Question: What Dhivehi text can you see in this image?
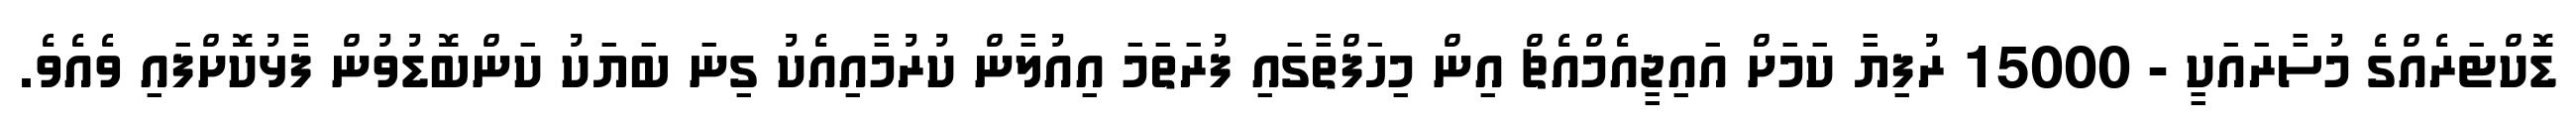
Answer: ޑޮކްޓަރެއްގެ މުސާރައަކީ - 15000 ރުފިޔާ ކަމަށް އައިޖީއެމްއެޗް އިން މިހަފްތާގައި ފުރަތަމަ އިއުލާން ކުރުމާއިއެކު ގިނަ ބަޔަކު ކަންބޮޑުވުން ފާޅުކޮށްފައި ވެއެވެ.